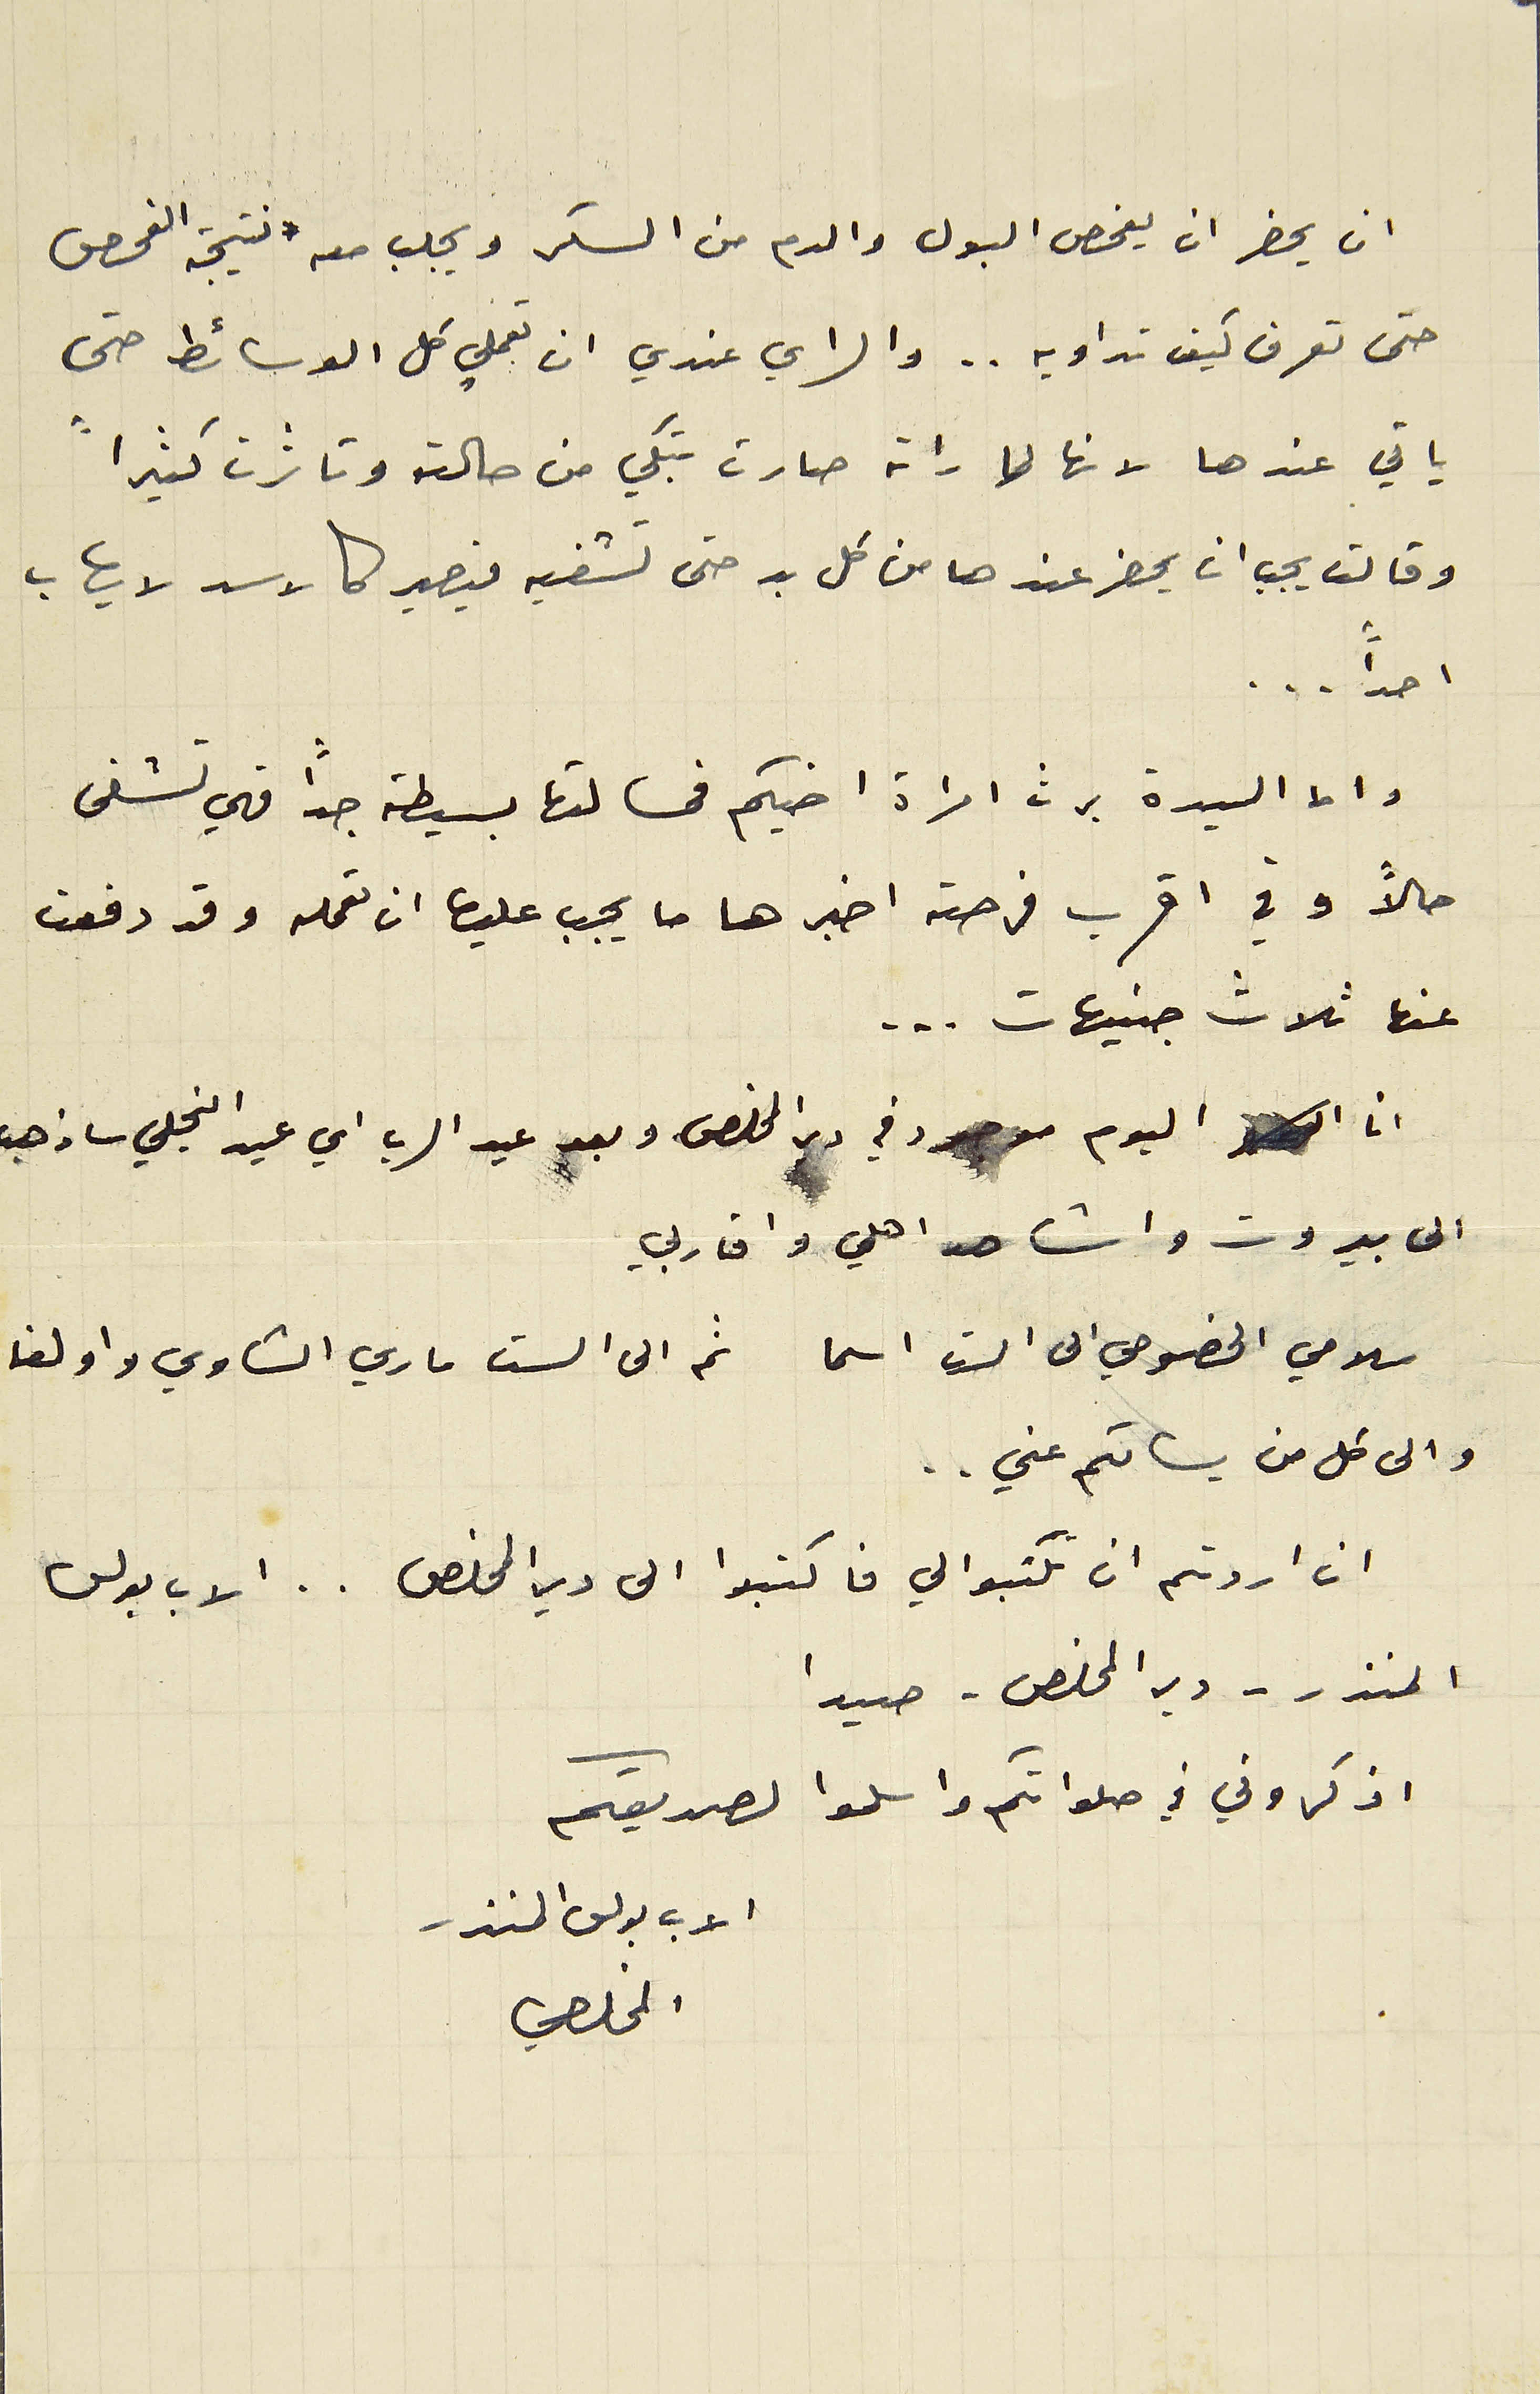
ان يحضر ان يفحص البول والدم من السكر ويجلب معه نتيجة الفحص
حتى تعرف كيف تداويه.. والراي عندي ان تعملي كل الوسائط حتى
ياتي عندها لانها لما راته صارت تبكي من حالته وتاثرت كثيراً
وقالت يجب ان يحضر عندها من كل بد حتى تشفيه بيصير كالاسد لا يهاب
احداً ...
واما السيدة برث امراة اخيكم فمسالتها بسيطة جدا فهي تشفى
حالاً وفي اقرب فرصة اخبرها ما يجب عليها ان تعمله وقد دفعت
عنها ثلاث جنيهات ...
انا اليوم موجود في دير المخلص وبعد عيد الرب اي عيد التجلي ساذهب
الى بيروت واشاهد اهلي واقاربي
سلامي الخصوصي الى الست اسما ثم الى الست ماري الشاوي واولغا
والى كل من يسالكم عني ..
ان اردتم ان تكتبوا لي فاكتبوا الى دير المخلص .. الاب بولس
المنذر – دير المخلص - صيدا
اذكروني في صلواتكم واسلموا لصديقكم
الاب بولس المنذر
المخلصي